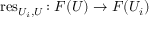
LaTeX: \operatorname { r e s } _ { U _ { i } , U } \colon F ( U ) \rightarrow F ( U _ { i } )